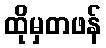
ထိုမှတဖန်